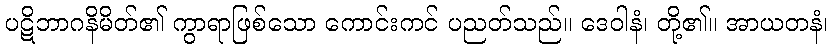
ပဋိဘာဂနိမိတ်၏ ကွာရာဖြစ်သော ကောင်းကင် ပညတ်သည်။ ဒေဝါနံ၊ တို့၏။ အာယတနံ၊